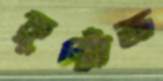
ফ্রুক্টোজ